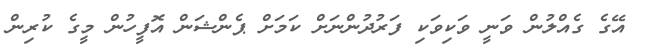
އޭގެ ގެއްލުން ވަނީ ވަކިވަކި ފަރުދުންނަށް ކަމަށް ޕެންޝަން އޮފީހުން މީގެ ކުރިން